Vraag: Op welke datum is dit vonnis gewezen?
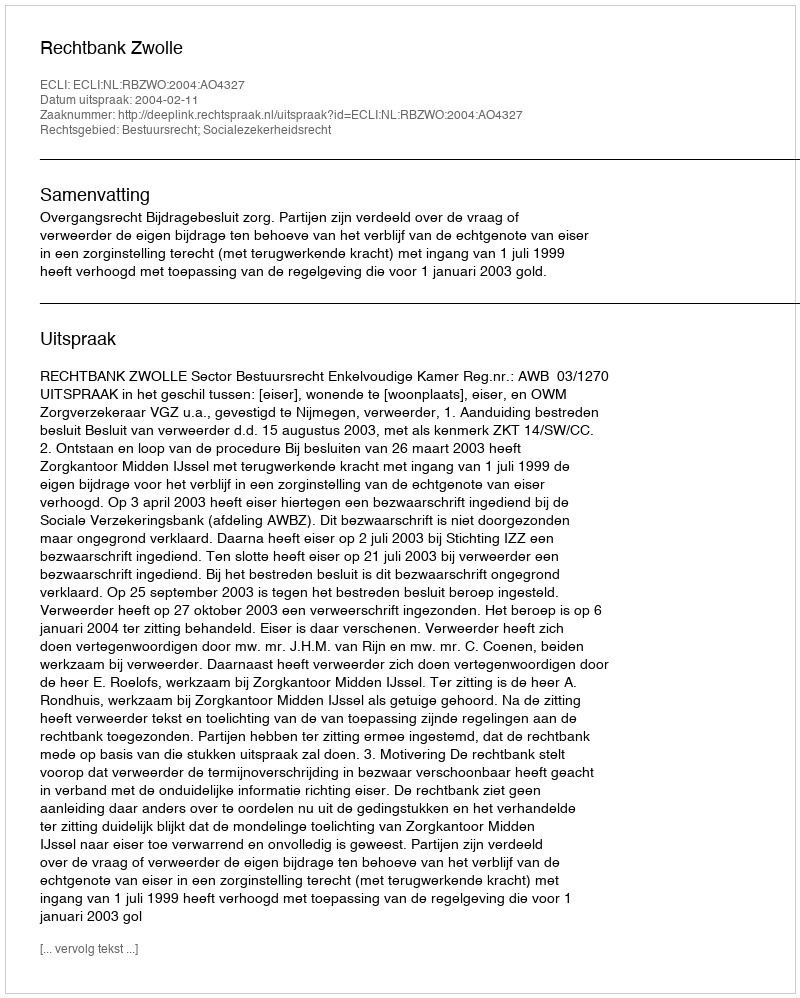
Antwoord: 2004-02-11